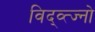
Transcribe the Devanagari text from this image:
विद्व्त्ज्नो